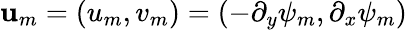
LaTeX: \mathbf{u}_{m}=(u_{m},v_{m})=(-\partial_{y}\psi_{m},\partial_{x}\psi_{m})